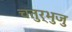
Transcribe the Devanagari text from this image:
चतुर्भुजु